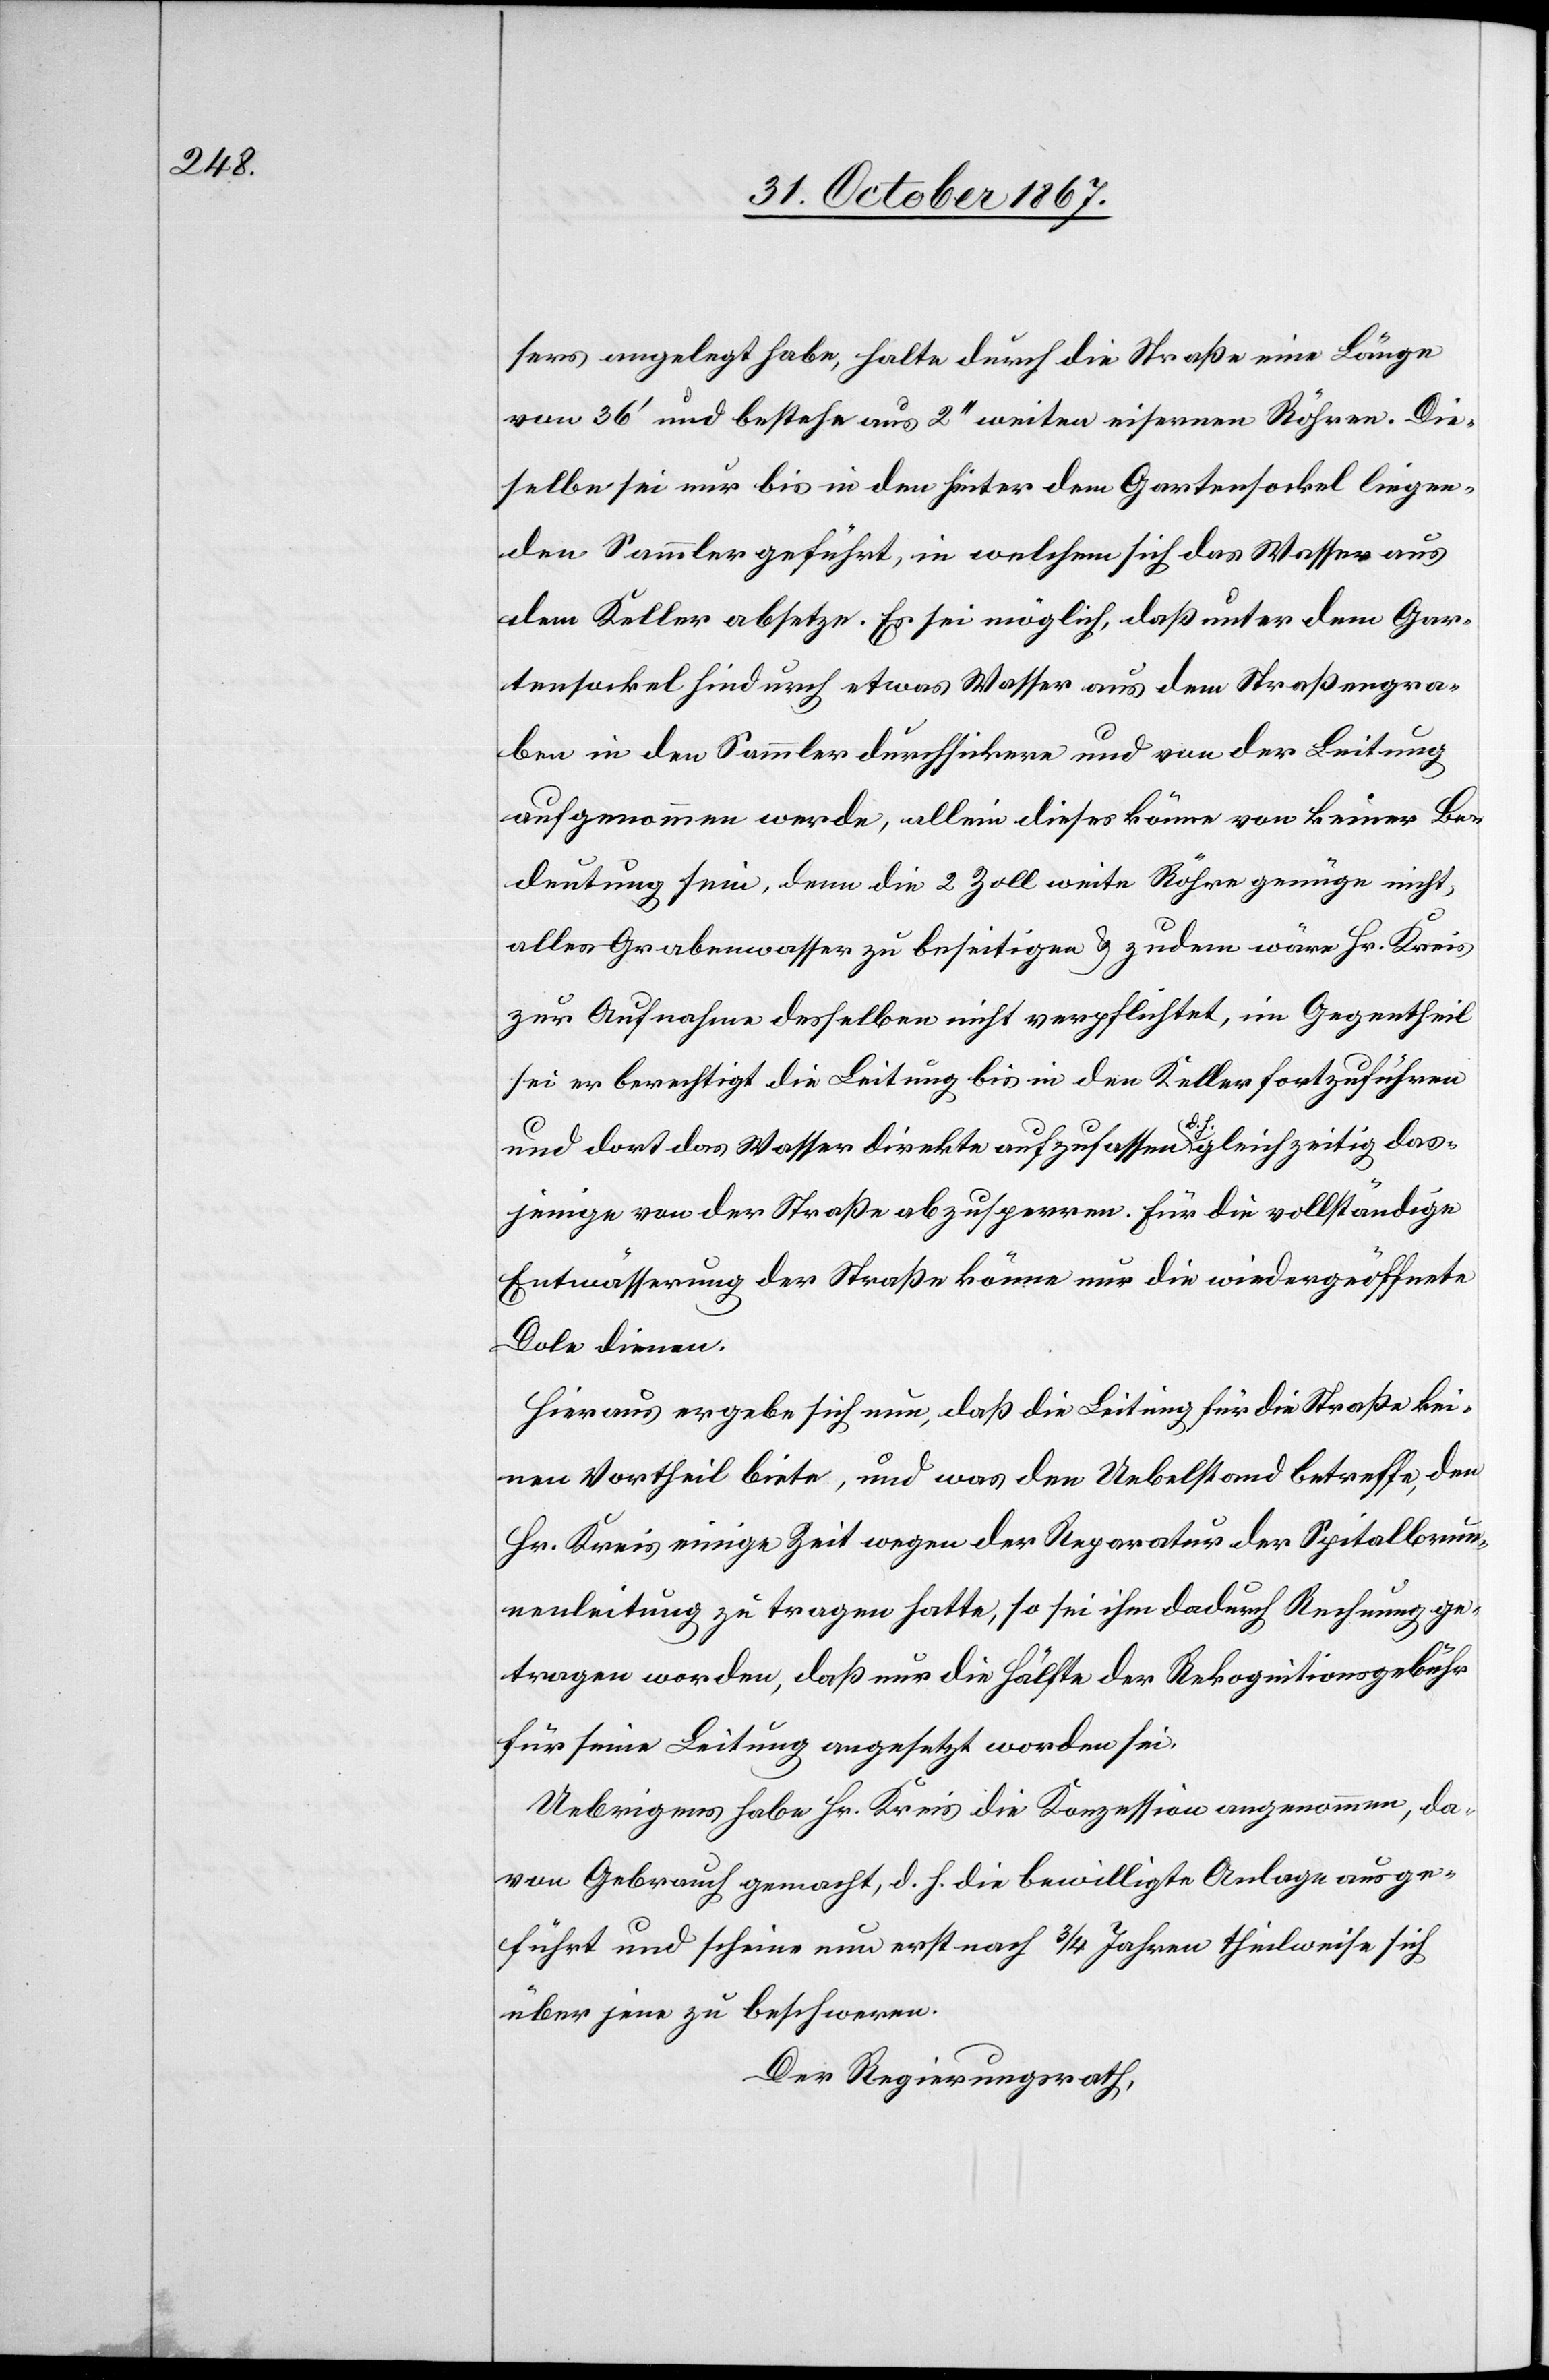
sers angelegt habe, halte durch die Straße eine Länge
von 36‘ und bestehe aus 2‘‘ weiten eisernen Röhren. Die¬
selbe sei nur bis in den hinter dem Gartensockel liegen¬
den Sammler geführt, in welchem sich das Wasser aus
dem Keller absetze. Es sei möglich, daß unter dem Gar¬
tensockel hindurch etwas Wasser aus dem Straßengra¬
ben in den Sammler durchsickere und von der Leitung
aufgenommen werde, allein dieses könne von keiner Be¬
deutung sein, denn die 2 Zoll weite Röhre genüge nicht,
alles Grabenwasser zu beseitigen u. zudem wäre Hr. Kreis
zur Aufnahme desselben nicht verpflichtet, im Gegentheil
sei er berechtigt die Leitung bis in den Keller fortzuführen
und dort das Wasser direkte aufzulassen, d. h. gleichzeitig das¬
jenige von der Straße abzusperren. Für die vollständige
Entwässerung der Straße könne nur die wiedergeöffnete
Dole dienen.
Hieraus ergebe sich nun, daß die Leitung für die Straße kei¬
nen Vortheil biete, und was den Uebelstand betreffe, den
Hr. Kreis einige Zeit wegen der Reparatur der Spitalbrun¬
nenleitung zu tragen hatte, so sei ihm dadurch Rechnung ge¬
tragen worden, daß nur die Hälfte der Rekognitionsgebühr
für seine Leitung angesetzt worden sei.
Uebrigens habe Hr. Kreis die Konzession angenommen, da¬
von Gebrauch gemacht, d. h. die bewilligte Anlage ausge¬
führt und scheine nun erst nach 3/4 Jahren theilweise sich
über jene zu beschweren.
Der Regierungsrath,